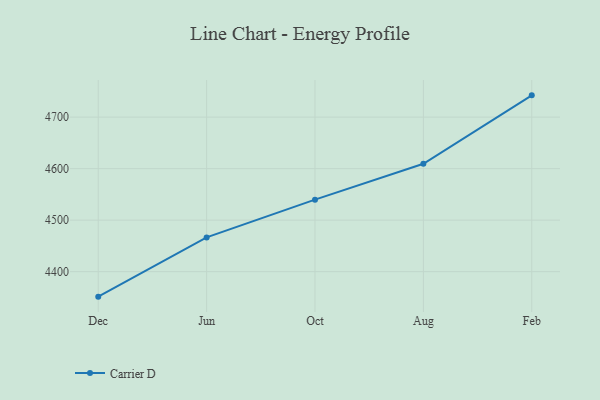
{"axis": {"x": "Month", "y": "Population (Million)"}, "legend": ["Carrier D"], "data": [{"x": "Dec", "y": 4351.5, "type": "Carrier D"}, {"x": "Jun", "y": 4466.5, "type": "Carrier D"}, {"x": "Oct", "y": 4539.8, "type": "Carrier D"}, {"x": "Aug", "y": 4609.5, "type": "Carrier D"}, {"x": "Feb", "y": 4742.3, "type": "Carrier D"}]}